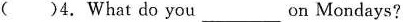
( )4.What do you ___ on Mondays?